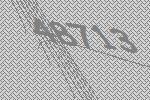
48713